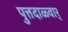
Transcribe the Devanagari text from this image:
पुत्तदाळ्वार्